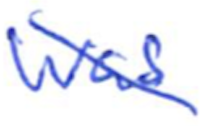
Text: was
Cross-out: diagonal
Writing tool: ballpoint